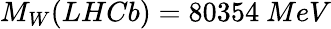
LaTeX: M_{W}(LHCb)=80354\ MeV